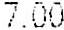
7.00